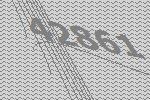
42861